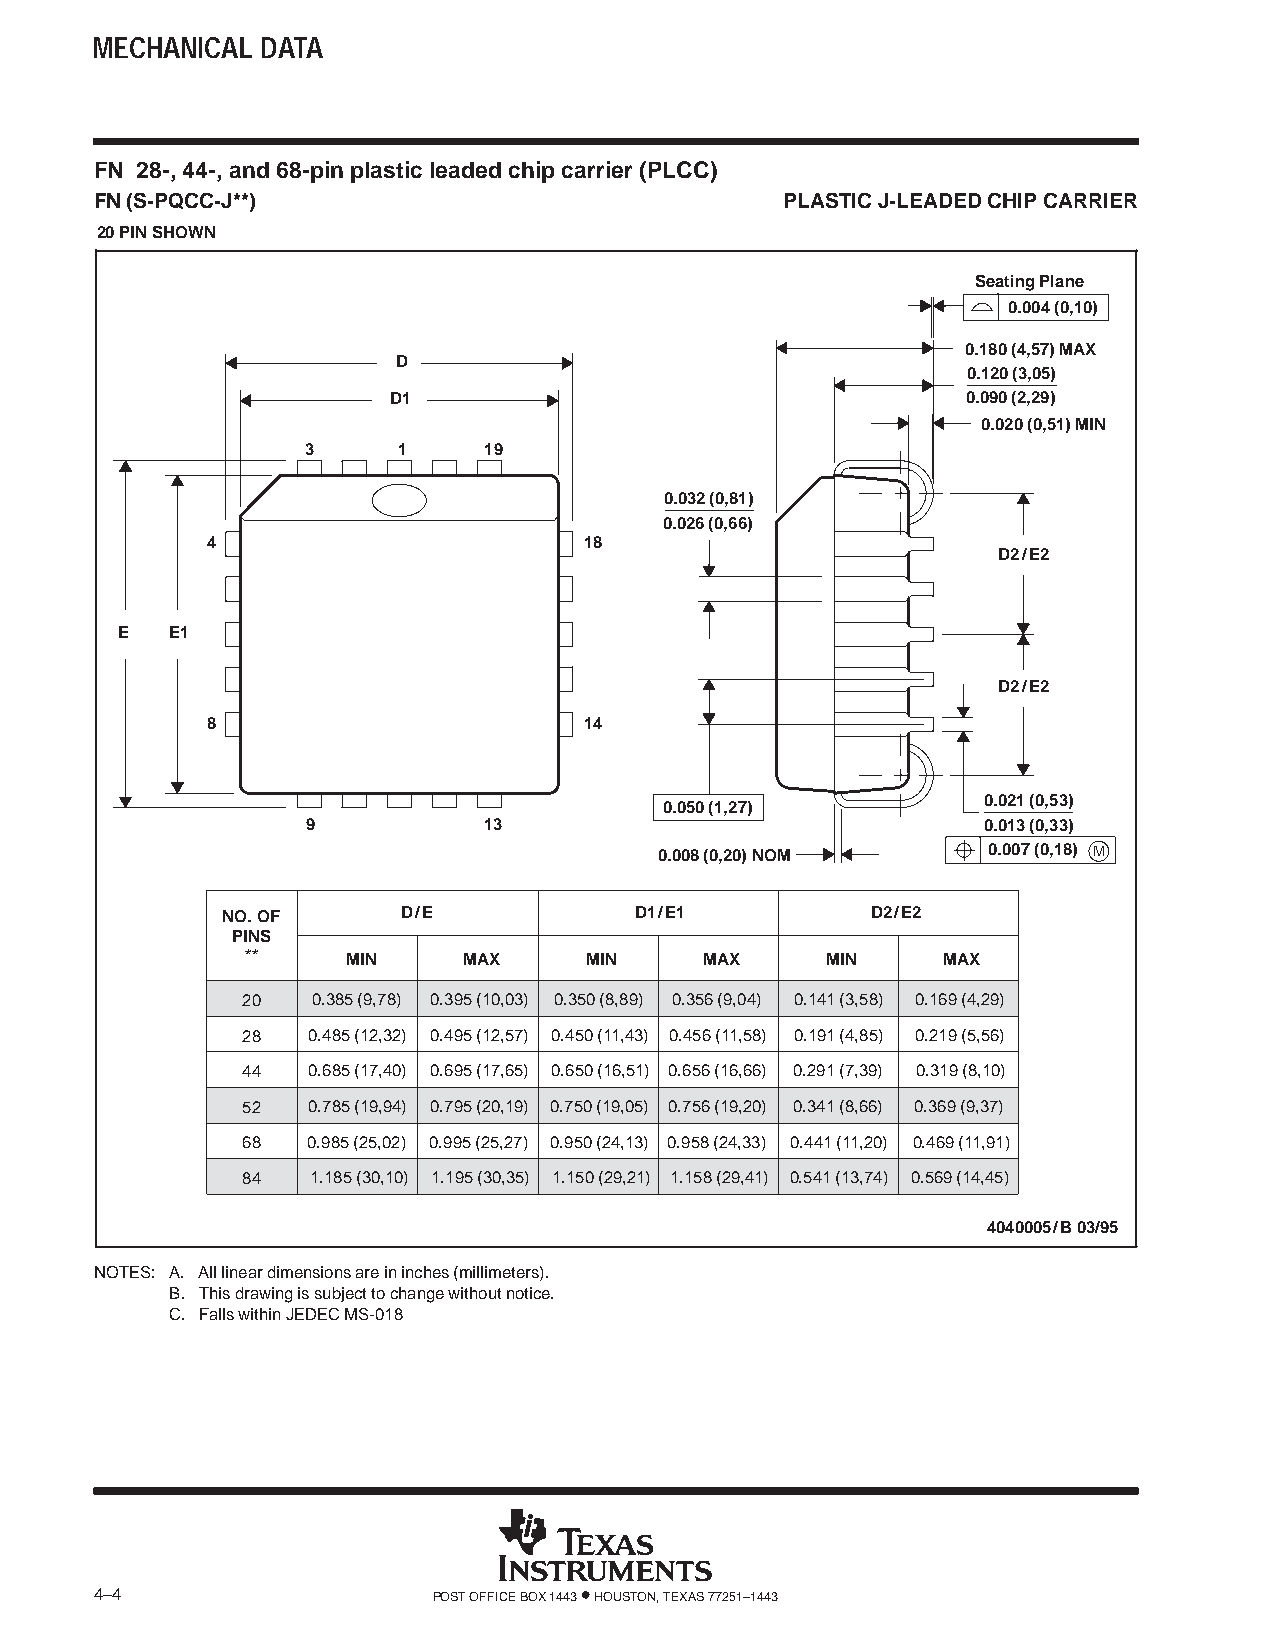
MECHANICAL DATA
 FN 28-, 44-, and 68-pin plastic leaded chip carrier (PLCC)
 FN (S-PQCC-J**)                               PLASTIC J-LEADED CHIP CARRIER
 20 PIN SHOWN
 Seating Plane
 0.004 (0,10)
 0.180 (4,57) MAX
 D
 0.120 (3,05)
 D1                                    0.090 (2,29)
 0.020 (0,51) MIN
 3     1     19
 0.032 (0,81)
 0.026 (0,66)
 4                        18
 D2/E2
 E  E1
 D2/E2
 8                        14
 0.021 (0,53)
 0.050 (1,27)
 9           13                               0.013 (0,33)
 0.008 (0,20) NOM     0.007 (0,18) M
 NO. OF      D/E            D1/E1           D2/E2
 PINS
 **     MIN     MAX     MIN     MAX     MIN    MAX
 20   0.385 (9,78) 0.395 (10,03) 0.350 (8,89) 0.356 (9,04) 0.141 (3,58) 0.169 (4,29)
 28  0.485 (12,32) 0.495 (12,57) 0.450 (11,43) 0.456 (11,58) 0.191 (4,85) 0.219 (5,56)
 44  0.685 (17,40) 0.695 (17,65) 0.650 (16,51) 0.656 (16,66) 0.291 (7,39) 0.319 (8,10)
 52  0.785 (19,94) 0.795 (20,19) 0.750 (19,05) 0.756 (19,20) 0.341 (8,66) 0.369 (9,37)
 68  0.985 (25,02) 0.995 (25,27) 0.950 (24,13) 0.958 (24,33) 0.441 (11,20) 0.469 (11,91)
 84   1.185 (30,10) 1.195 (30,35) 1.150 (29,21) 1.158 (29,41) 0.541 (13,74) 0.569 (14,45)
 4040005/B 03/95
 NOTES: A. All linear dimensions are in inches (millimeters).
 B. This drawing is subject to change without notice.
 C. Falls within JEDEC MS-018
 4–4                    POST OFFICE BOX 1443 • HOUSTON, TEXAS 77251–1443